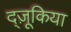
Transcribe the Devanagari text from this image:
द्ज़ूकिया